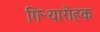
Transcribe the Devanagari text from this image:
गिऱ्यारोहक